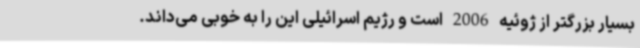
بسیار بزرگتر از ژوئیه 2006 است و رژیم اسرائیلی این را به خوبی می‌داند.